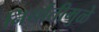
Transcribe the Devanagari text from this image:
निर्यातीमुळे